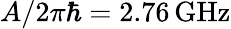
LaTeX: A/2\pi\hbar=2.76\, \mathrm{GHz}